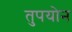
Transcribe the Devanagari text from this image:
तुपयोन